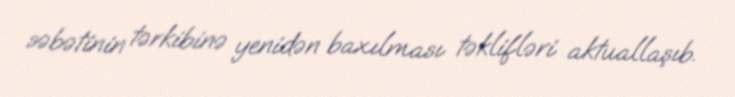
səbətinin tərkibinə yenidən baxılması təklifləri aktuallaşıb.